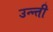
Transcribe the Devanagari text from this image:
उन्न्ती